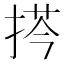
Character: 𢮻